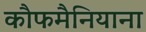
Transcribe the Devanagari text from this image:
कौफमैनियाना